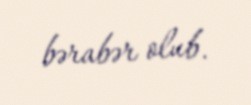
bərabər olub.